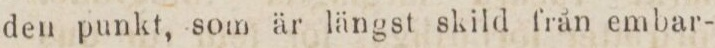
den punkt, som är längst skild från embar-